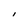
Character: I